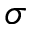
\sigma